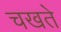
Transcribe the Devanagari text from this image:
चखते